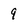
Character: 9